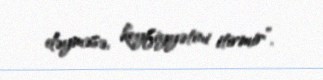
dəyməsə, keyfiyyətini itirmir”.